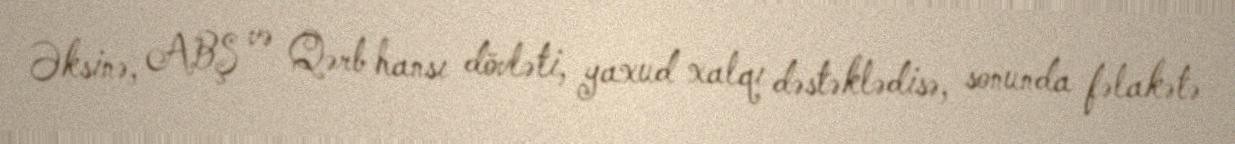
Əksinə, ABŞ və Qərb hansı dövləti, yaxud xalqı dəstəklədisə, sonunda fəlakətə